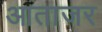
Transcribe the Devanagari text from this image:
आताजर